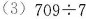
(3)709÷7